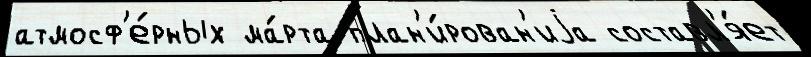
атмосф'е́рных ма́рта план'и́рован'иjа составл'я́ет